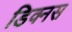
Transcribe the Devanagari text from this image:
डिक्नस